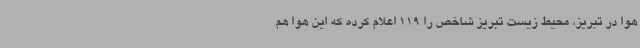
هوا در تبریز، محیط زیست تبریز شاخص را 119 اعلام کرده که این هوا هم